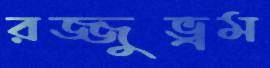
রজ্জুভ্রম